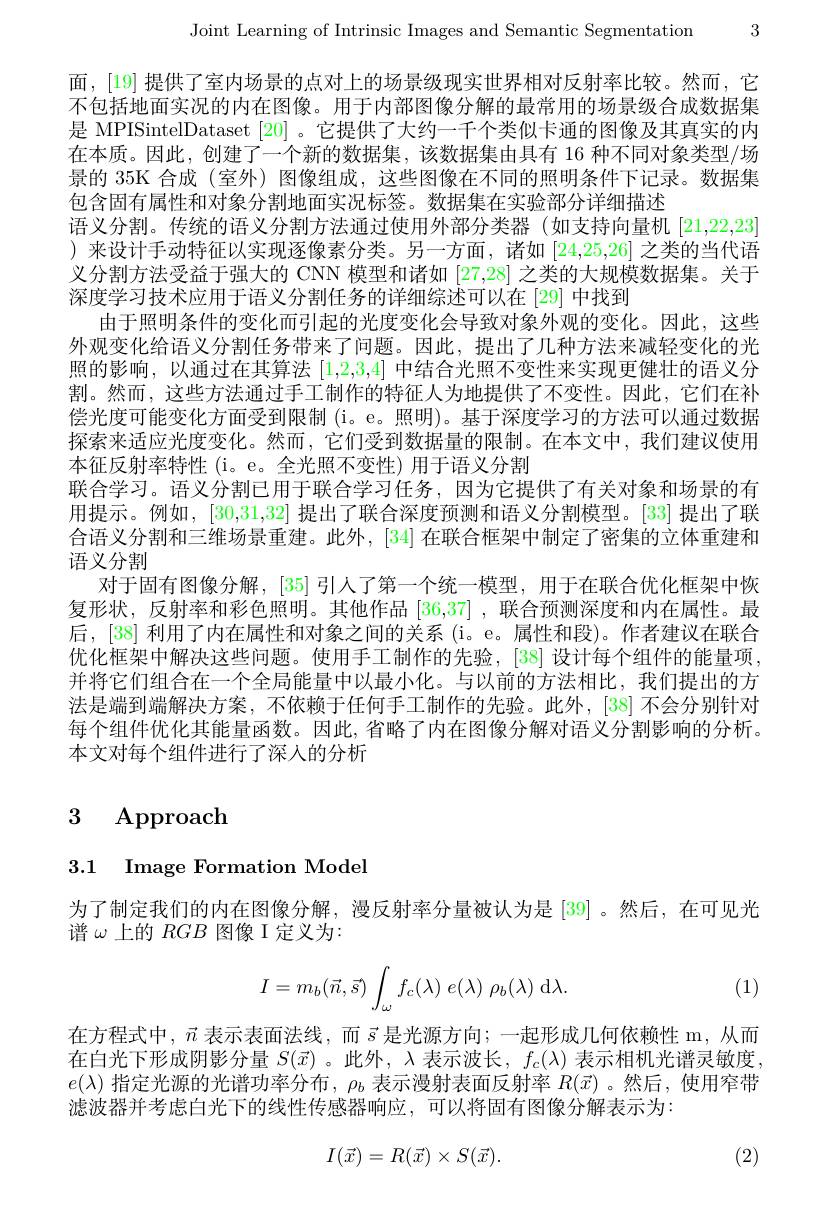
Joint Learning of Intrinsic Images and Semantic Segmentation 3

面，[19]提供了室内场景的点对上的场景级现实世界相对反射率比较。然而，它不包括地面实况的内在图像。用于内部图像分解的最常用的场景级合成数据集是 MPISintelDataset [20] 。它提供了大约一千个类似卡通的图像及其真实的内在本质。因此，创建了一个新的数据集，该数据集由具有 16 种不同对象类型/场景的 35K 合成 (室外) 图像组成，这些图像在不同的照明条件下记录。数据集包含固有属性和对象分割地面实况标签。数据集在实验部分详细描述
语义分割。传统的语义分割方法通过使用外部分类器(如支持向量机[21,22,23] ) 来设计手动特征以实现逐像素分类。另一方面，诸如[24,25,26]之类的当代语义分割方法受益于强大的 CNN 模型和诸如[27,28]之类的大规模数据集。关于深度学习技术应用于语义分割任务的详细综述可以在[29] 中找到
由于照明条件的变化而引起的光度变化会导致对象外观的变化。因此，这些外观变化给语义分割任务带来了问题。因此，提出了几种方法来减轻变化的光照的影响，以通过在其算法[1,2,3,4]中结合光照不变性来实现更健壮的语义分割。然而，这些方法通过手工制作的特征人为地提供了不变性。因此，它们在补偿光度可能变化方面受到限制(i。e。照明)。基于深度学习的方法可以通过数据探索来适应光度变化。然而，它们受到数据量的限制。在本文中，我们建议使用本征反射率特性(i。e。全光照不变性)用于语义分割
联合学习。语义分割已用于联合学习任务，因为它提供了有关对象和场景的有用提示。例如，[30,31,32]提出了联合深度预测和语义分割模型。[33]提出了联合语义分割和三维场景重建。此外，[34] 在联合框架中制定了密集的立体重建和语义分割
对于固有图像分解，[35] 引人了第一个统一模型，用于在联合优化框架中恢复形状，反射率和彩色照明。其他作品[36,37] ,联合预测深度和内在属性。最后，[38]利用了内在属性和对象之间的关系(i。e。属性和段)。作者建议在联合优化框架中解决这些问题。使用手工制作的先验，[38]设计每个组件的能量项并将它们组合在一个全局能量中以最小化。与以前的方法相比，我们提出的方法是端到端解决方案，不依赖于任何手工制作的先验。此外，[38] 不会分别针对每个组件优化其能量函数。因此，省略了内在图像分解对语义分割影响的分析。本文对每个组件进行了深入的分析

# 3 Approach

# 3.1 Image Formation Model

为了制定我们的内在图像分解，漫反射率分量被认为是[39]。然后，在可见光
谱$\omega$上的$RGB$图像 I 定义为：

(1)
$$I=m_b(\vec{n},\vec{s})\int_\omega f_c(\lambda)\:e(\lambda)\:\rho_b(\lambda)\:\mathrm d\lambda.$$
在方程式中，$\vec{n}$ 表示表面法线，而$\vec{s}$ 是光源方向；一起形成几何依赖性 m,从而在白光下形成阴影分量$S(\vec{x})$ 。此外，$\lambda$表示波长，$f_c(\lambda)$表示相机光谱灵敏度。$e(\lambda)$指定光源的光谱功率分布$,\rho_b$表示漫射表面反射率$R(\vec{x})$ 。然后，使用窄带滤波器并考虑白光下的线性传感器响应，可以将固有图像分解表示为：
$$I(\vec x)=R(\vec x)\times S(\vec x).$$
(2)